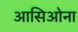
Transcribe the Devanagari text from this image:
आसिओना